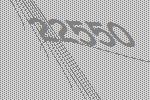
22550